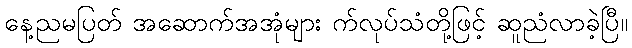
နေ့ညမပြတ် အဆောက်အအုံများ က်လုပ်သံတို့ဖြင့် ဆူညံလာခဲ့ပြီ။